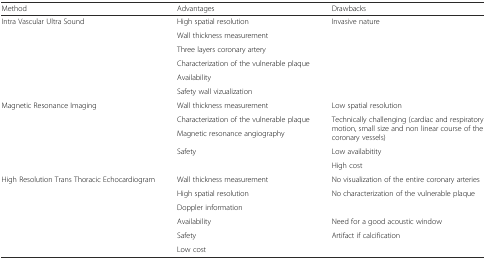
<table><thead><tr><td><b>Method</b></td><td><b>Advantages</b></td><td><b>Drawbacks</b></td></tr></thead><tbody><tr><td rowspan="6">Intra Vascular Ultra Sound</td><td>High spatial resolution</td><td rowspan="6">Invasive nature</td></tr><tr><td>Wall thickness measurement</td></tr><tr><td>Three layers coronary artery</td></tr><tr><td>Characterization of the vulnerable plaque</td></tr><tr><td>Availability</td></tr><tr><td>Safety wall vizualization</td></tr><tr><td rowspan="5">Magnetic Resonance Imaging</td><td>Wall thickness measurement</td><td>Low spatial resolution</td></tr><tr><td>Characterization of the vulnerable plaque</td><td rowspan="2">Technically challenging (cardiac and respiratory motion, small size and non linear course of the coronary vessels)</td></tr><tr><td>Magnetic resonance angiography</td></tr><tr><td rowspan="2">Safety</td><td>Low availabitity</td></tr><tr><td>High cost</td></tr><tr><td rowspan="6">High Resolution Trans Thoracic Echocardiogram</td><td>Wall thickness measurement</td><td>No visualization of the entire coronary arteries</td></tr><tr><td>High spatial resolution</td><td rowspan="2">No characterization of the vulnerable plaque</td></tr><tr><td>Doppler information</td></tr><tr><td>Availability</td><td>Need for a good acoustic window</td></tr><tr><td>Safety</td><td rowspan="2">Artifact if calcification</td></tr><tr><td>Low cost</td></tr></tbody></table>